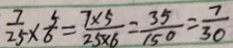
\frac { 7 } { 2 5 } \times \frac { 5 } { 6 } = \frac { 7 \times 5 } { 2 5 \times 6 } = \frac { 3 5 } { 1 5 0 } = \frac { 7 } { 3 0 }